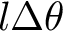
l \Delta \theta